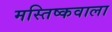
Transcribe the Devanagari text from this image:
मस्तिष्कवाला